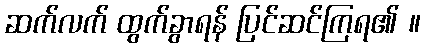
ဆက်လက် ထွက်ခွာရန် ပြင်ဆင်ကြရ၏ ။